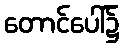
တောင်ပေါ်၌